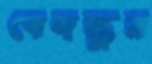
বেদস্তুর